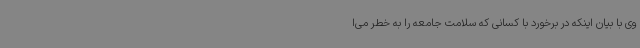
وی با بیان اینکه در برخورد با کسانی که سلامت جامعه را به خطر می‌ا